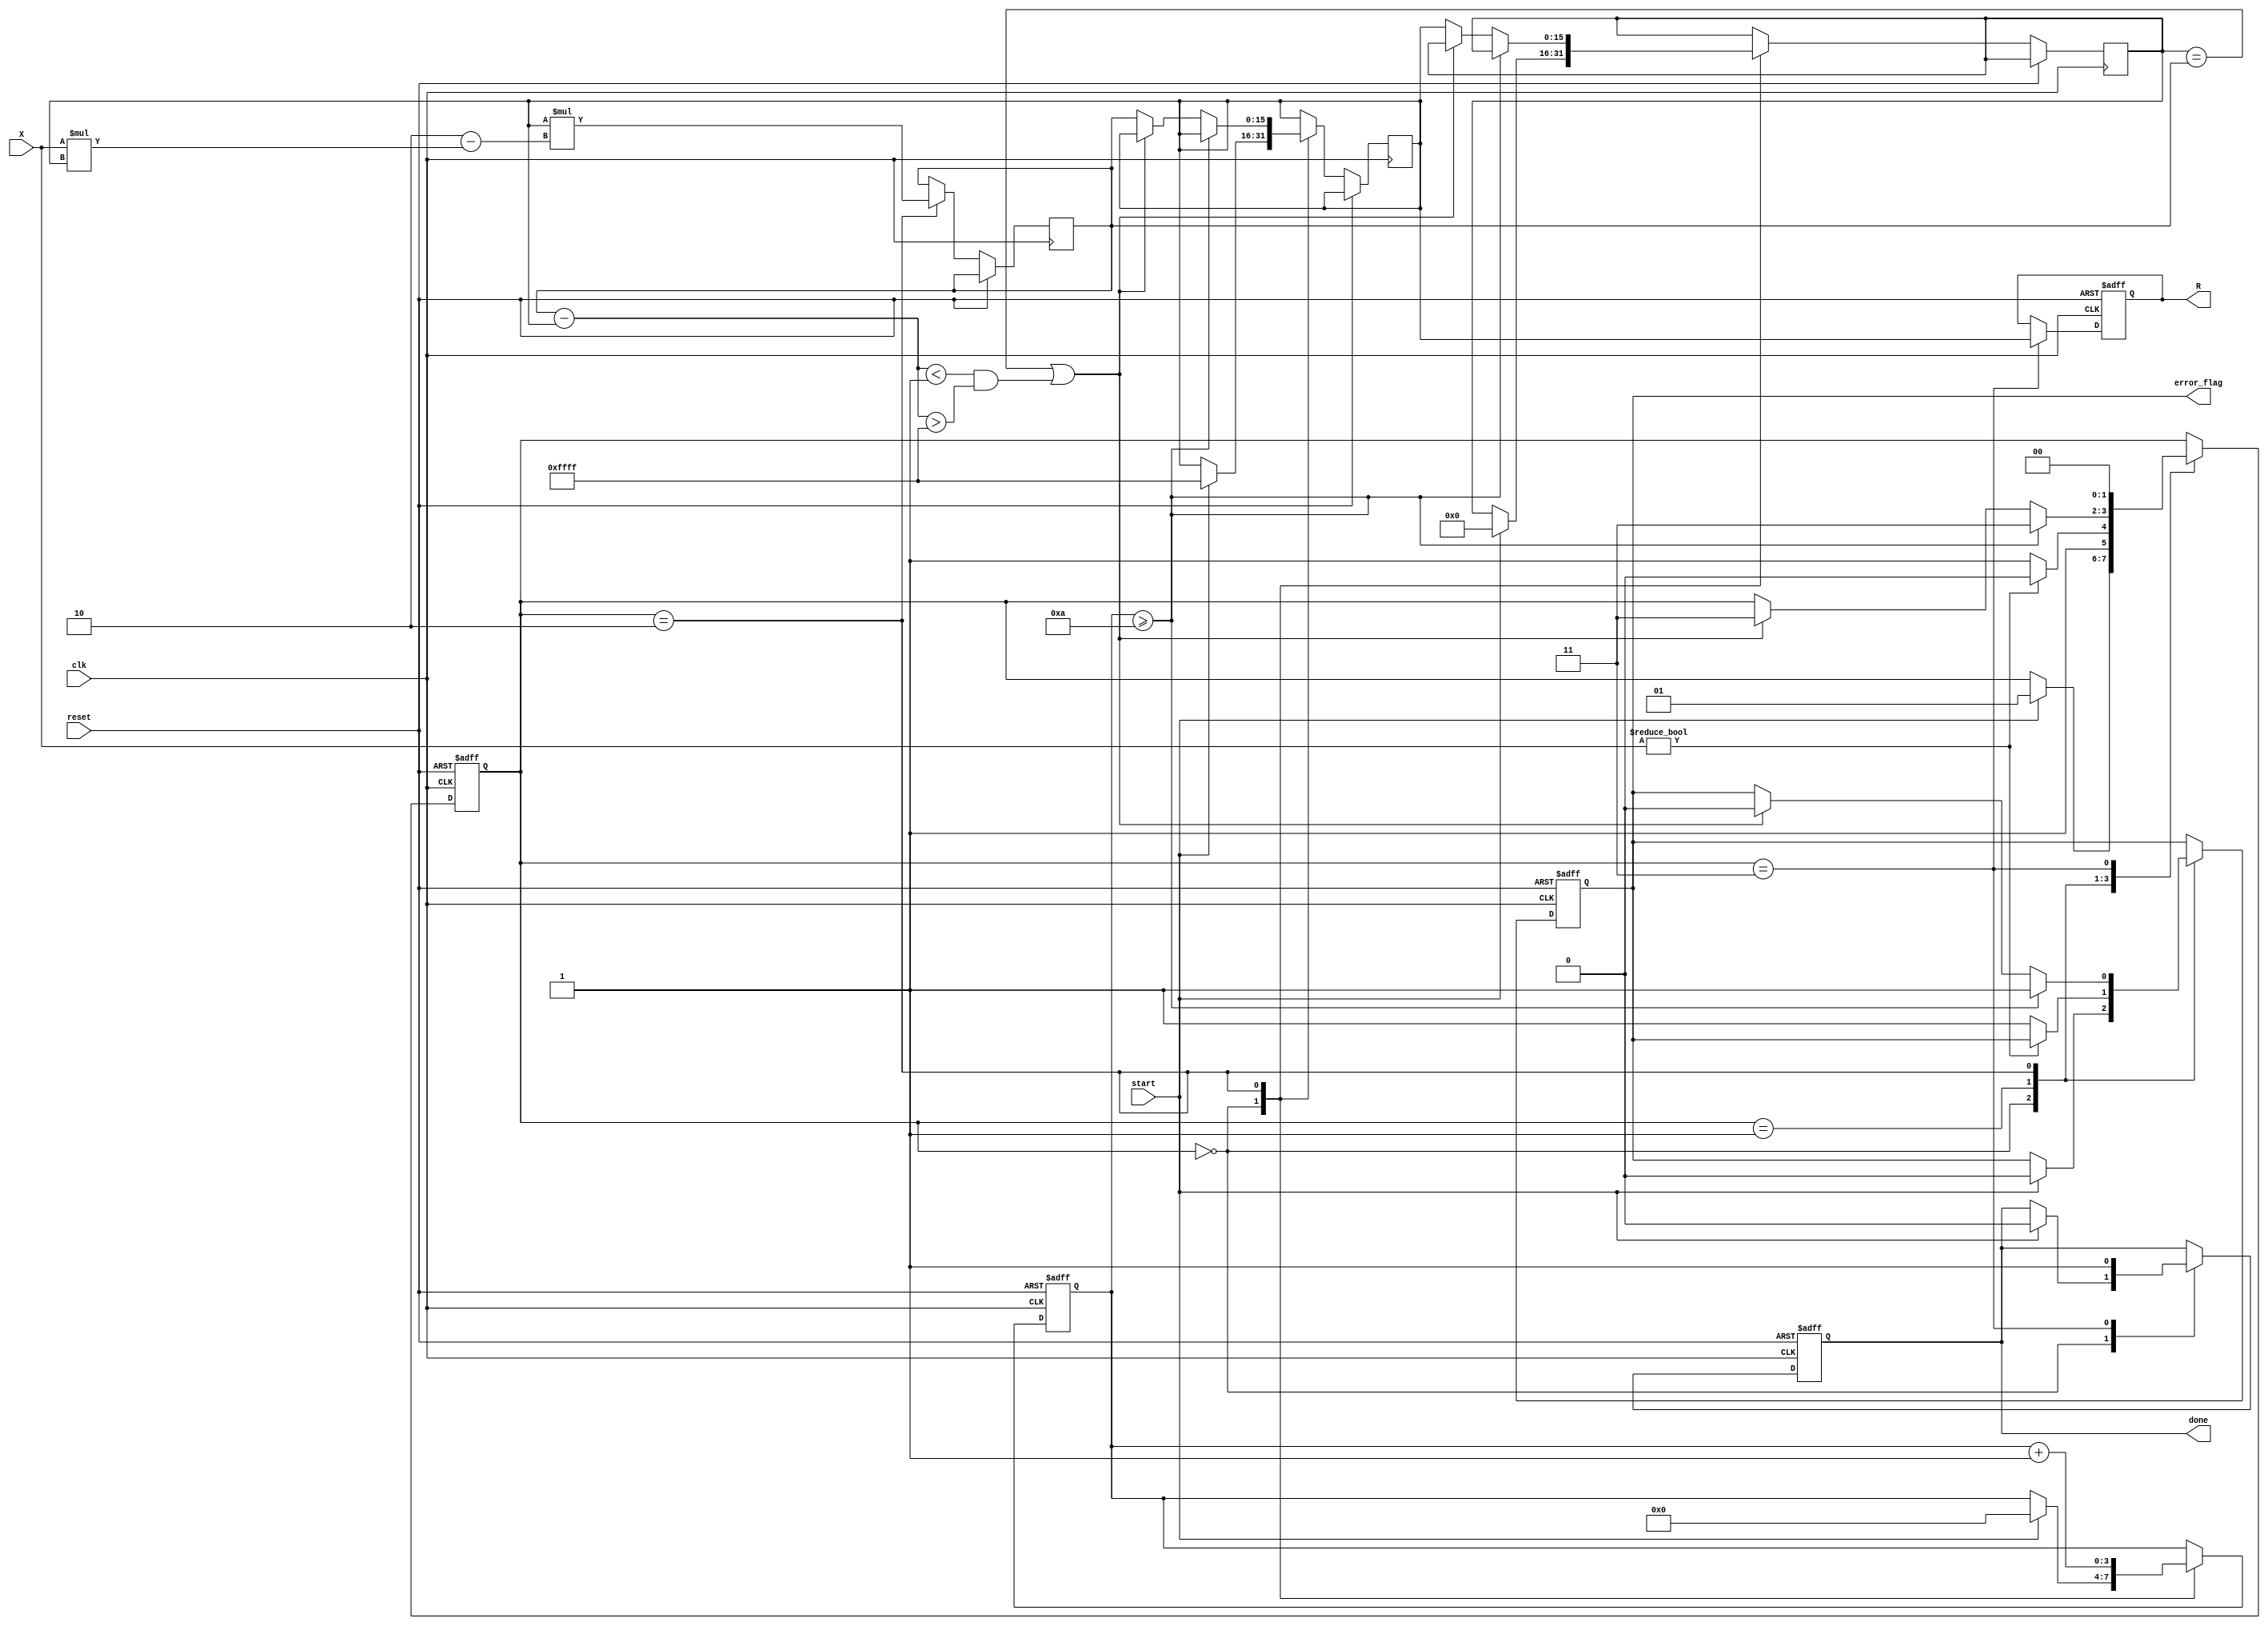
module newton_raphson_reciprocal #(
    parameter WIDTH = 16,           // Bit width for fixed-point representation
    parameter MAX_ITERATIONS = 10,  // Maximum number of iterations
    parameter THRESHOLD = 16'h0001   // Convergence threshold (adjust as needed)
)(
    input wire clk,
    input wire reset,
    input wire start,
    input wire [WIDTH-1:0] X,       // Input value (normalized in range [0, 1])
    output reg [WIDTH-1:0] R,        // Reciprocal output
    output reg error_flag,           // Error flag for convergence
    output reg done                  // Indicates computation is complete
);

    reg [WIDTH-1:0] Y;               // Current estimate of the reciprocal
    reg [WIDTH-1:0] Y_next;          // Next estimate of the reciprocal
    reg [WIDTH-1:0] prev_Y;          // Previous estimate for convergence check
    reg [3:0] iteration_count;        // Iteration counter
    reg [1:0] state;                 // FSM state

    localparam IDLE        = 2'b00;
    localparam INIT        = 2'b01;
    localparam ITERATE     = 2'b10;
    localparam OUTPUT       = 2'b11;

    // FSM to control the computation
    always @(posedge clk or posedge reset) begin
        if (reset) begin
            state <= IDLE;
            R <= 0;
            error_flag <= 0;
            done <= 0;
            iteration_count <= 0;
        end else begin
            case (state)
                IDLE: begin
                    if (start) begin
                        Y <= {WIDTH{1'b1}}; // Initial guess Y0 = 1 (fixed-point)
                        iteration_count <= 0;
                        prev_Y <= 0;
                        error_flag <= 0;
                        done <= 0;
                        state <= INIT;
                    end
                end

                INIT: begin
                    // Check for non-zero input to avoid division by zero
                    if (X != 0) begin
                        Y <= Y; // Keep initial guess
                        state <= ITERATE;
                    end else begin
                        error_flag <= 1; // Set error flag for zero input
                        state <= OUTPUT;
                    end
                end

                ITERATE: begin
                    // Compute next estimate using Newton-Raphson formula
                    Y_next <= Y * (2 - X * Y);
                    iteration_count <= iteration_count + 1;

                    // Check for convergence
                    if (iteration_count >= MAX_ITERATIONS) begin
                        error_flag <= 1; // Max iterations reached
                        state <= OUTPUT;
                    end else if (prev_Y == Y_next || (Y_next - Y < THRESHOLD && Y_next - Y > -THRESHOLD)) begin
                        error_flag <= 0; // Converged
                        state <= OUTPUT;
                    end else begin
                        prev_Y <= Y;
                        Y <= Y_next; // Update current estimate
                    end
                end

                OUTPUT: begin
                    R <= Y; // Output the result
                    done <= 1; // Indicate computation is complete
                    state <= IDLE; // Reset to IDLE
                end

                default: state <= IDLE; // Safety default
            endcase
        end
    end

endmodule